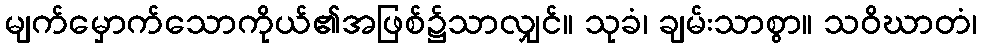
မျက်မှောက်သောကိုယ်၏အဖြစ်၌သာလျှင်။ သုခံ၊ ချမ်းသာစွာ။ သဝိဃာတံ၊